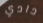
دادي